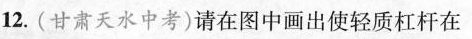
12.(甘肃天水中考)请在图中画出使轻质杠杆在